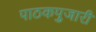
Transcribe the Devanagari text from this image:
पाठकपुजारी